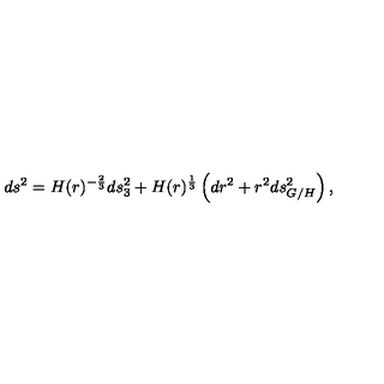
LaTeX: d s ^ { 2 } = H ( r ) ^ { - \frac { 2 } { 3 } } d s _ { 3 } ^ { 2 } + H ( r ) ^ { \frac { 1 } { 3 } } \left( d r ^ { 2 } + r ^ { 2 } d s _ { G / H } ^ { 2 } \right) ,